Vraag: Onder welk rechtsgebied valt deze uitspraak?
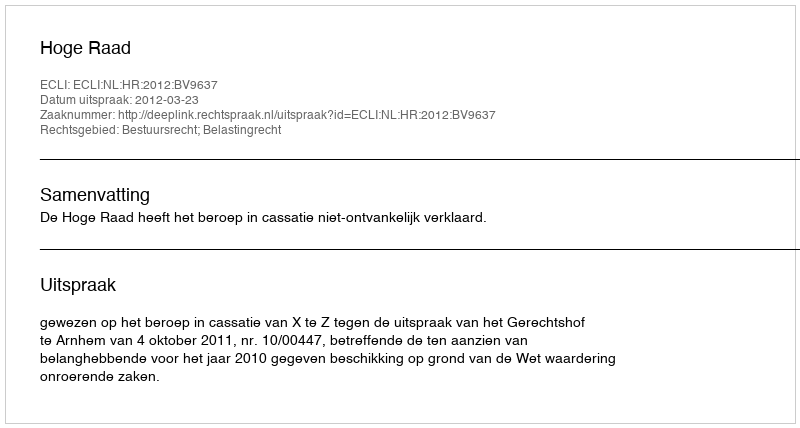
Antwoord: Bestuursrecht; Belastingrecht